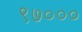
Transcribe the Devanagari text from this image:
९७०००